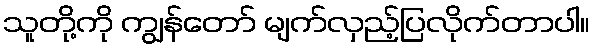
သူတို့ကို ကျွန်တော် မျက်လှည့်ပြလိုက်တာပါ။